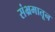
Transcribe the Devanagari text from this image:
संभ्रमातून